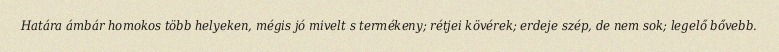
Határa ámbár homokos több helyeken, mégis jó mivelt s termékeny; rétjei kövérek; erdeje szép, de nem sok; legelő bővebb.